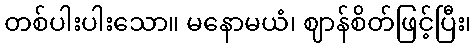
တစ်ပါးပါးသော။ မနောမယံ၊ ဈာန်စိတ်ဖြင့်ပြီး၊